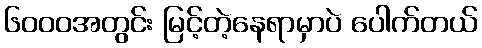
၆၀၀၀အတွင်း မြင့်တဲ့နေရာမှာပဲ ပေါက်တယ်